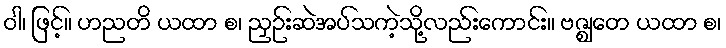
ဝါ၊ ဖြင့်။ ဟညတိ ယထာ စ၊ ညှဉ်းဆဲအပ်သကဲ့သို့လည်းကောင်း။ ဗဇ္ဈတေ ယထာ စ၊